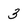
Character: 3